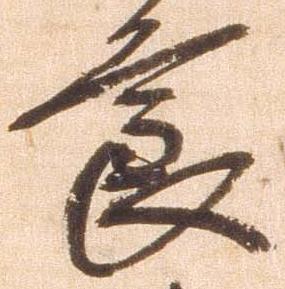
節